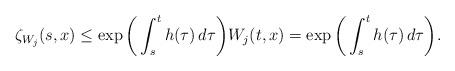
LaTeX: \begin{align*}\zeta_{W_j}(s,x) \leq \exp \bigg( \int_s^t h(\tau)\, d\tau\bigg) W_j(t,x) = \exp \bigg(\int_s^t h(\tau)\, d\tau \bigg).\end{align*}